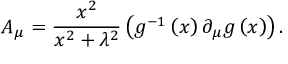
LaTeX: A _ { \mu } = \frac { x ^ { 2 } } { x ^ { 2 } + \lambda ^ { 2 } } \left( g ^ { - 1 } \left( x \right) \partial _ { \mu } g \left( x \right) \right) .